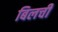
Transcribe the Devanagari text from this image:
बिलची